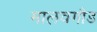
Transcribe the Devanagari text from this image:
मालवगौड